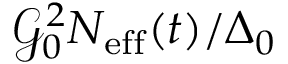
\mathcal { G } _ { 0 } ^ { 2 } N _ { \mathrm { e f f } } ( t ) / \Delta _ { 0 }